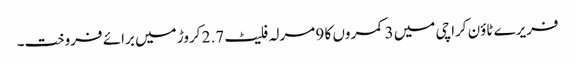
فریرے ٹاؤن کراچی میں 3 کمروں کا 9 مرلہ فلیٹ 2.7 کروڑ میں برائے فروخت۔